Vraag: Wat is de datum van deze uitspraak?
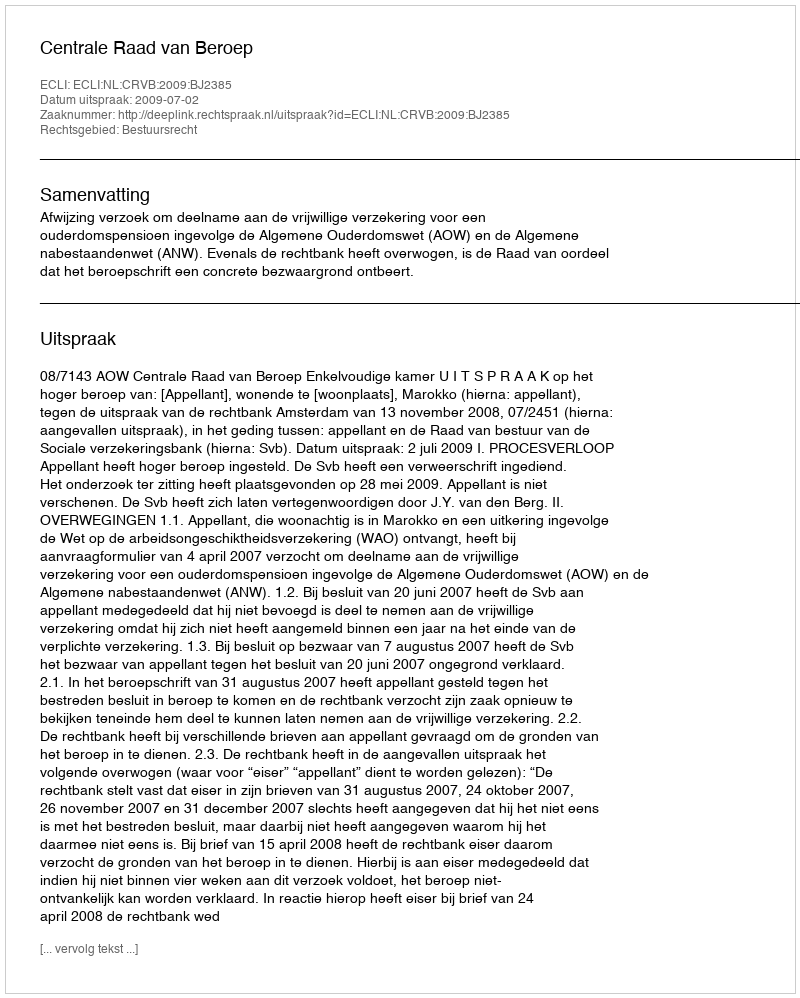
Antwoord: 2009-07-02